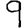
Digit: 9